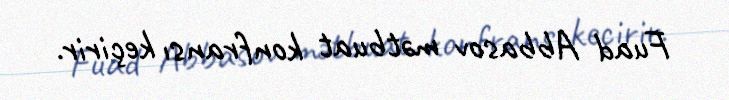
Fuad Abbasov mətbuat konfransı keçirir.